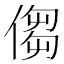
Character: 㑳